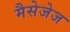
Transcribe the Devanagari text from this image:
मैसेजेज